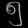
Digit: ၅